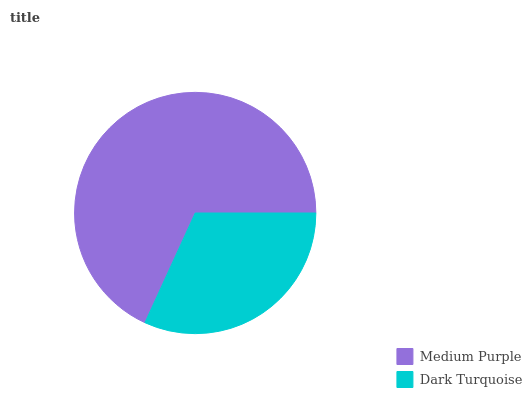
| Medium Purple | Dark Turquoise |
 | --- | --- |
 | 68.2% | 31.8% |